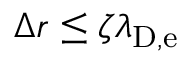
\Delta r \leq \zeta \lambda _ { \mathrm { D , e } }